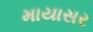
માયાસર